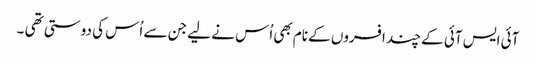
آئی ایس آئی کے چند افسروں کے نام بھی اُس نے لیے جن سے اُس کی دوستی تھی ۔